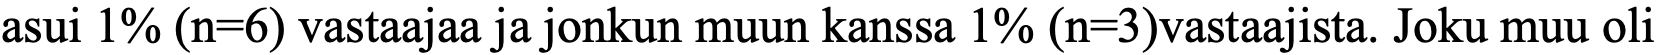
asui 1% (n=6) vastaajaa ja jonkun muun kanssa 1% (n=3)vastaajista. Joku muu oli